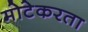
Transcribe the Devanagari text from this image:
मोटेकरता